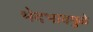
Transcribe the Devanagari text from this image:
भेदभावमुळे